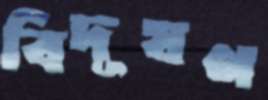
বিদূষণ